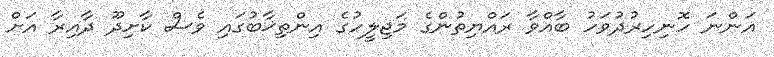
އަންނަ ހޮނިހިރުދުވަހު ބާއްވާ ރައްޔިތުންގެ މަޖިލީހުގެ އިންތިޚާބުގައި ވެސް ކާށިދޫ ދާއިރާ އަށް